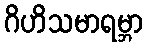
ဂိဟိသမာရမ္ဘာ